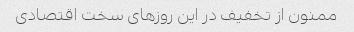
ممنون از تخفیف در این روزهای سخت اقتصادی